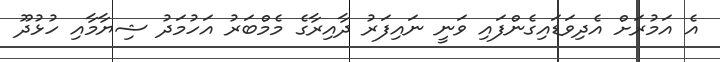
އެ އަމުރަށް އެދިވަޑައިގެންފައި ވަނީ ނައިފަރު ދާއިރާގެ މެމްބަރު އަހުމަދު ޝިޔާމާއި ހުޅުދޫ